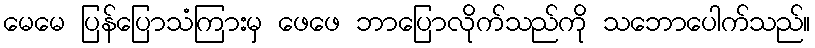
မေမေ ပြန်ပြောသံကြားမှ ဖေဖေ ဘာပြောလိုက်သည်ကို သဘောပေါက်သည်။